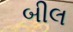
બીલ